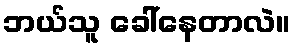
ဘယ်သူ ခေါ်နေတာလဲ။